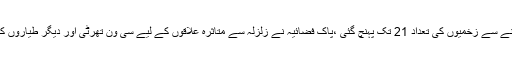
سرگودھا میں دیواریں گرنے سے زخمیوں کی تعداد 21 تک پہنچ گئی ،پاک فضائیہ نے زلزلہ سے متاثرہ علاقوں کے لیے سی ون تھرٹی اور دیگر طیاروں کی مدد کی پیشکش کر دی۔